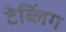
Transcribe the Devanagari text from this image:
टेब्लिंग